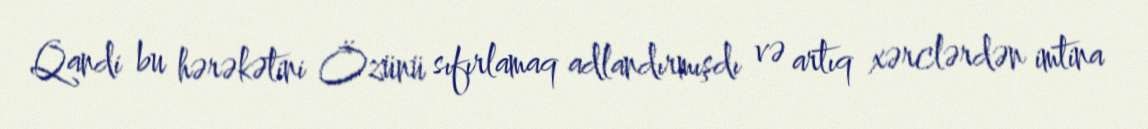
Qandi bu hərəkətini Özünü sıfırlamaq adlandırmışdı və artıq xərclərdən imtina